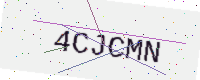
Text: 4CJCMN